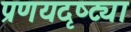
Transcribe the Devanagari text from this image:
प्रणयदृष्ट्या